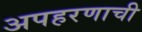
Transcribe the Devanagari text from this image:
अपहरणाची